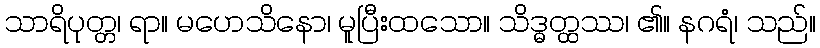
သာရိပုတ္တ၊ ရာ။ မဟေသိနော၊ မူပြီးထသော။ သိဒ္ဓတ္ထဿ၊ ၏။ နဂရံ၊ သည်။